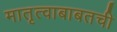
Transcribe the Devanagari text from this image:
मातृत्वाबाबतची